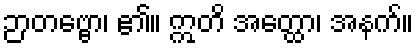
ဉာတဗ္ဗော၊ ၏။ ဣတိ အတ္ထော၊ အနက်။